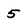
Character: 5